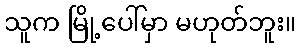
သူက မြို့ပေါ်မှာ မဟုတ်ဘူး။